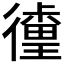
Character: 𰐹